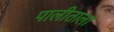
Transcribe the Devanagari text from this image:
पालीताला